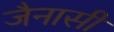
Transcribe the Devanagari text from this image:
जैनासी